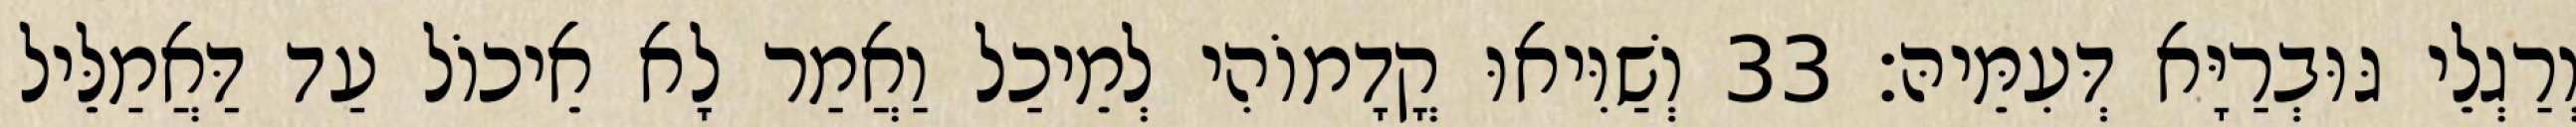
וְרַגְלֵי גּוּבְרַיָּא דְּעִמֵּיהּ׃ 33 וְשַׁוִּיאוּ קֳדָמוֹהִי לְמֵיכַל וַאֲמַר לָא אֵיכוֹל עַד דַּאֲמַלֵּיל